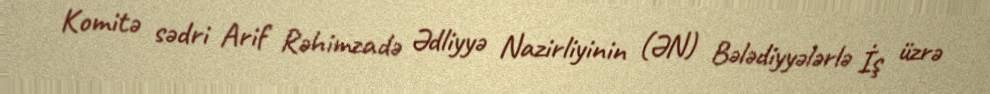
Komitə sədri Arif Rəhimzadə Ədliyyə Nazirliyinin (ƏN) Bələdiyyələrlə İş üzrə